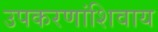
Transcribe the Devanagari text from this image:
उपकरणांशिवाय